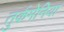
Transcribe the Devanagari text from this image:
तुर्कमेनिया